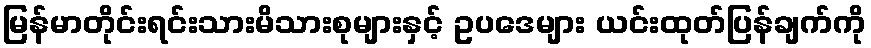
မြန်မာတိုင်းရင်းသားမိသားစုများနှင့် ဥပဒေများ ယင်းထုတ်ပြန်ချက်ကို